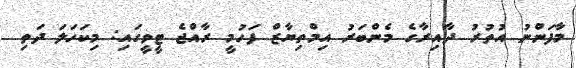
މާފަންނު އުތުރު ދާއިރާގެ މެންބަރު އިމްތިޔާޒް ފަހުމީ ރާއްޖެ ޓީވީގައި: މިކަހަލަ ދަތި